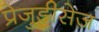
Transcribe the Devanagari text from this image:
प्रेजुडीसेज़